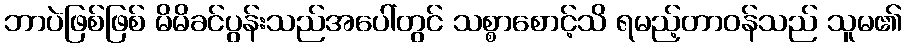
ဘာပဲဖြစ်ဖြစ် မိမိခင်ပွန်းသည်အပေါ်တွင် သစ္စာစောင့်သိ ရမည့်တာဝန်သည် သူမ၏